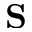
\mathbf { S }